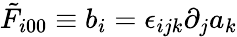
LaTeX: \tilde{F}_{i00}\equiv b_{i}=\epsilon_{ijk}\partial_{j}a_{k}